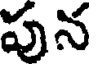
పున